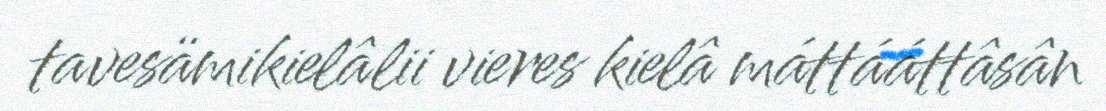
tavesämikielâlii vieres kielâ máttááttâsân